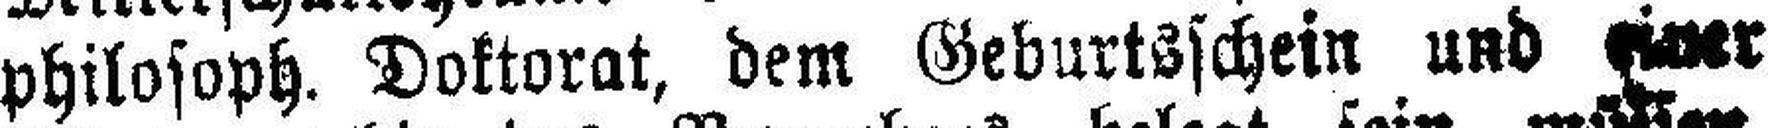
Philosoph. Doktorat, dem Geburtsschein und einer